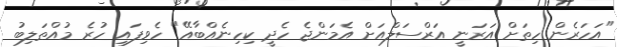
"އަހަރެން ހިތަށް އަރަނީ އަރްސަލްއަށް އެމަންޖެ ހެދީ ކިހިނެއްބާއޭ" ހެވިފައި ހުރެ މުއްޠަލިބު